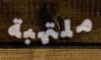
ملتهبة